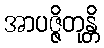
အာပဇ္ဇိတုန္တိ